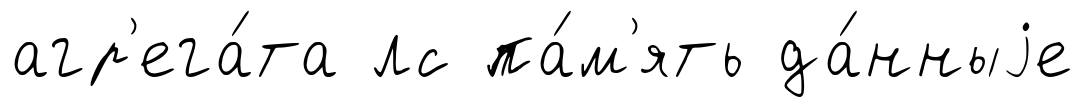
агр'ега́та лс па́м'ять да́нныjе